Vaccination in Burma 1889-1999 - 1889-1999
Year: 1889
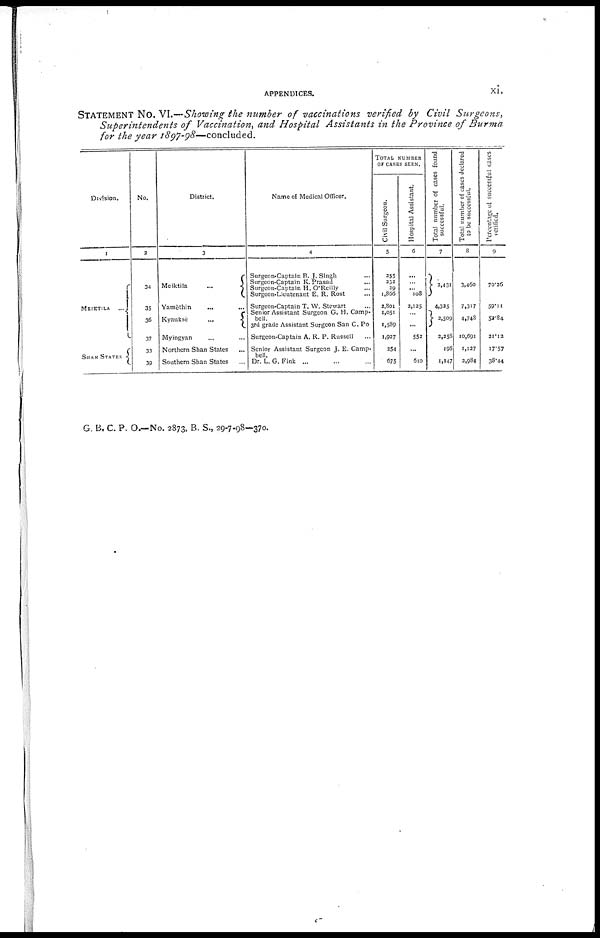
APPENDICES.
xi.
STATEMENT NO. VI.—Showing the number of vaccinations verified by Civil Surgeons,
Superintendents of Vaccination, and Hospital Assistants in the Province of Burma
for the year 1897-98— concluded.
Division.
1
MEIKTILA
...
SHAN STATES
No.
2
34
35
36
37
38
39
District.
3
Meiktila
...
Yamèthin
... ...
Kyauksè
...
Myingyan ... ...
Northern Shan States
Southern Shan States
Name of Medical Officer.
4
Surgeon-Captain B. J. Singh ...
Surgeon-Captain K.Prasad ...
Surgeon-Captain H. O'Reilly ...
Surgeon-Lieutenant E. R. Rost ...
Surgeon-Captain T. W. Stewart ...
Senior Assistant Surgeon G. H. Camp-
bell.
3rd grade Assistant Surgeon San C. Po
Surgeon-Captain A. R. P. Russell ...
Senior Assistant Surgeon J. E. Camp-
bell.
Dr. L. G. Fink ...
TOTAL NUMBER
OF CLASS SEEN.
Civil Surgeon.
5
255
232
29
1,866
2,801
1,051
1,589
1,927
254
675
Hospital Assistant.
6
...
... ... 108
2,125
...
...
552
...
610
Total number of cases found
successful.
7
2,431
4,325
2,509
2,258
198
1,147
Total number of cases declared
to be successful.
8
3,460
7,317
4,748
10,691
1,127
2,984
Percentage of successful cases
verified.
9
70.26
59.11
52.84
21.13
17.57
38.44
G. B. C. P. O.—No. 2873, B. S., 29-7-98—370.